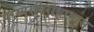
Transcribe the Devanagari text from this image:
परस्परविरोधाभास